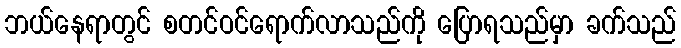
ဘယ်နေရာတွင် စတင်ဝင်ရောက်လာသည်ကို ပြောရသည်မှာ ခက်သည်